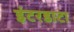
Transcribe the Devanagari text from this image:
इंटरडाटा